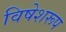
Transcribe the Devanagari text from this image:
विषेशरूप